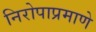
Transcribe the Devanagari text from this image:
निरोपाप्रमाणे